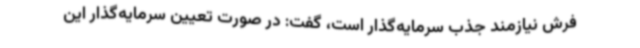
فرش نیازمند جذب سرمایه‌گذار است، گفت: در صورت تعیین سرمایه‌گذار این